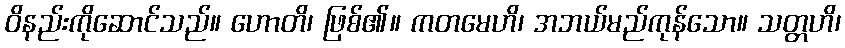
ဝိနည်းကိုဆောင်သည်။ ဟောတိ၊ ဖြစ်၏။ ကတမေဟိ၊ အဘယ်မည်ကုန်သော။ သတ္တဟိ၊